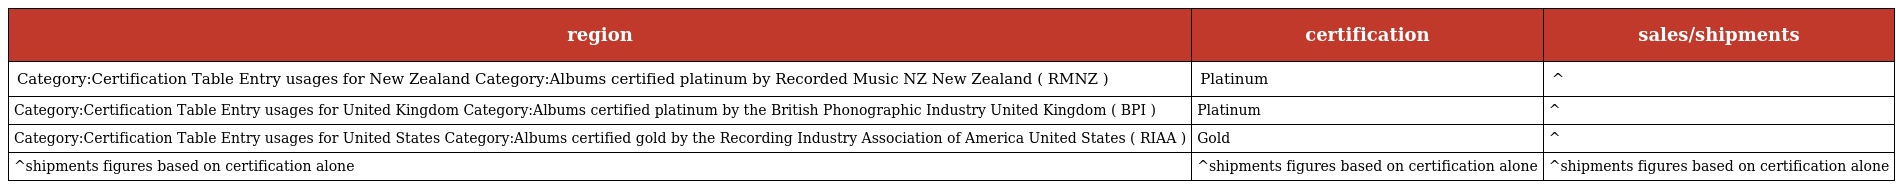
| region | certification | sales/shipments |
 | --- | --- | --- |
 | Category:Certification Table Entry usages for New Zealand Category:Albums certified platinum by Recorded Music NZ New Zealand ( RMNZ ) | Platinum | ^ |
 | Category:Certification Table Entry usages for United Kingdom Category:Albums certified platinum by the British Phonographic Industry United Kingdom ( BPI ) | Platinum | ^ |
 | Category:Certification Table Entry usages for United States Category:Albums certified gold by the Recording Industry Association of America United States ( RIAA ) | Gold | ^ |
 | ^shipments figures based on certification alone | ^shipments figures based on certification alone | ^shipments figures based on certification alone |